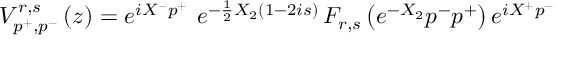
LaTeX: V _ { p ^ { + } , p ^ { - } } ^ { r , s } \left( z \right) = e ^ { i X ^ { - } p ^ { + } } \, \, e ^ { - \frac 1 2 X _ { 2 } \left( 1 - 2 i s \right) } \, F _ { r , s } \left( e ^ { - X _ { 2 } } p ^ { - } p ^ { + } \right) e ^ { i X ^ { + } p ^ { - } }